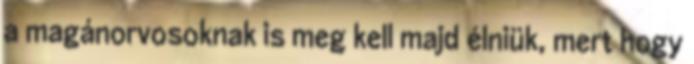
a magánorvosoknak is meg kell majd élniük, mert hogy